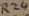
Text: R24